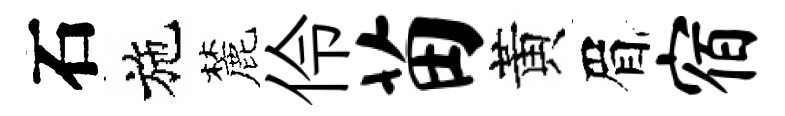
石施麓伶苗黃眉宿